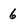
Character: 6